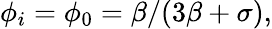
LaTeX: \begin{array}{r}{\phi_{i}=\phi_{0}=\beta/(3\beta+\sigma),}\end{array}